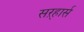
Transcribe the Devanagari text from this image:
सऱ्हार्स